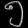
Digit: ၅